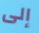
إلى